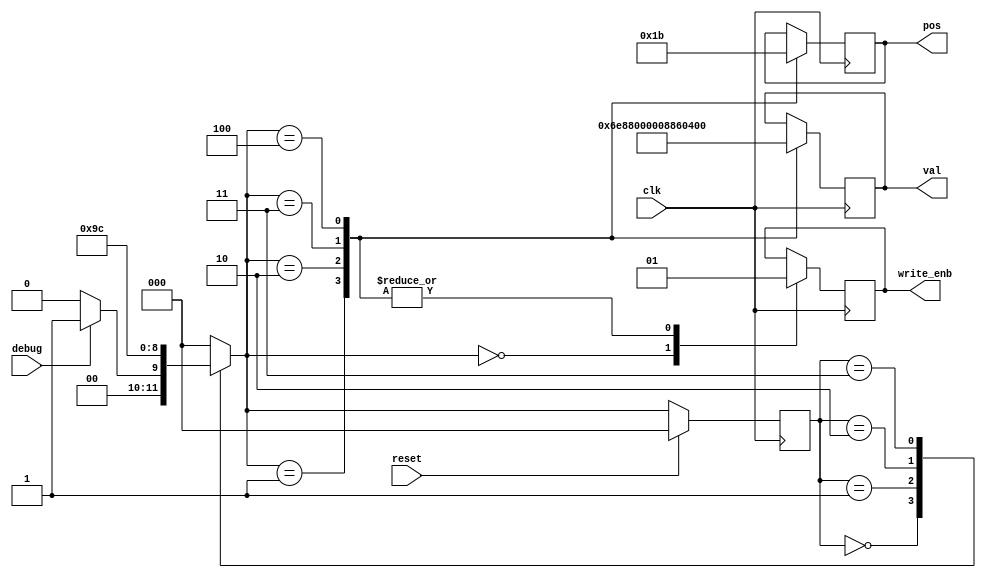
`timescale 1ns / 1ps
//////////////////////////////////////////////////////////////////////////////////
// Company: 
// Engineer: 
// 
// Design Name: 
// Module Name:    Controller 
// Project Name: 
// Target Devices: 
// Tool versions: 
// Description: 
//
// Dependencies: 
//
// Revision: 
// Revision 0.01 - File Created
// Additional Comments: 
//
//////////////////////////////////////////////////////////////////////////////////
module Controller(
    input clk,
    input reset,
    input debug,
    output reg [1:0] pos,
    output reg [15:0] val,
    output reg write_enb
    );
    
    parameter DEFAULT=3'd0, WRITE_TL=3'd1, WRITE_BL=3'd2,WRITE_TR=3'd3, WRITE_BR=3'd4;
    
    reg [2:0] state, next, enb;
    
        
    always @(posedge clk)
        if (reset) state <= DEFAULT;
        else state <= next;
        
    always @* begin
        next = DEFAULT; // in an error go to default state
        case(state)
            DEFAULT:
                if(debug) next = WRITE_TL;
                else next = DEFAULT;
            WRITE_TL:
                next = WRITE_BL;
            WRITE_BL:
                next = WRITE_TR;
            WRITE_TR:
                next = WRITE_BR;
            WRITE_BR:
                next = DEFAULT;
        endcase
    end
    
    // this is configured to create a maze in the center of the screen
    always @(posedge clk) begin
        case(next)
            DEFAULT:
                write_enb <= 0;
            WRITE_TL: begin
                pos <= 2'b00;
                val <= 16'h6E88;
                write_enb <= 1;
            end
            WRITE_BL: begin
                pos <= 2'b01;
                val <= 16'h0000;
                write_enb <= 1;
            end
            WRITE_TR: begin
                pos <= 2'b10;
                val <= 16'h0886;
                write_enb <= 1;
            end
            WRITE_BR: begin
                pos <= 2'b11;
                val <= 16'h033E;
                write_enb <= 1;
            end
        endcase
    end
    


endmodule